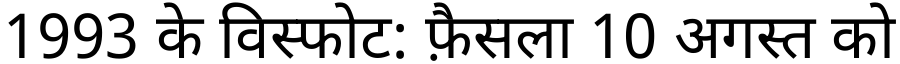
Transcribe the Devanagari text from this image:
1993 के विस्फोट: फ़ैसला 10 अगस्त को